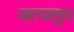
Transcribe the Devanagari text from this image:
नात्यातुन